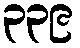
၃၃၉